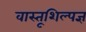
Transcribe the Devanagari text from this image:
वास्तूशिल्पज्ञ